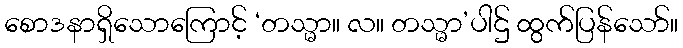
စောဒနာရှိသောကြောင့် ‘တသ္မာ။ လ။ တသ္မာ’ပါဌ် ထွက်ပြန်သော်။